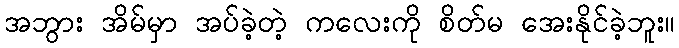
အဘွား အိမ်မှာ အပ်ခဲ့တဲ့ ကလေးကို စိတ်မ အေးနိုင်ခဲ့ဘူး။